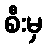
စီးမှ